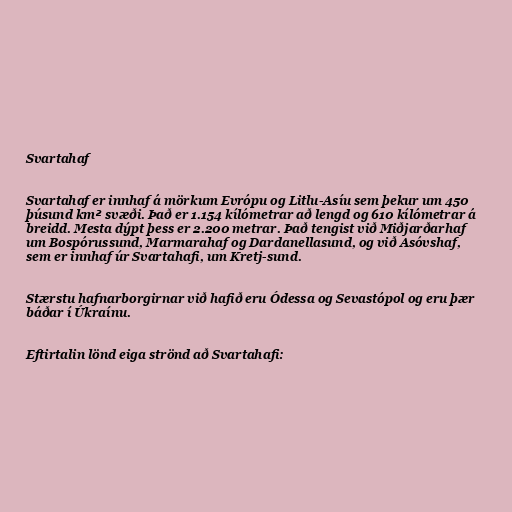
Svartahaf

Svartahaf er innhaf á mörkum Evrópu og Litlu-Asíu sem þekur um 450
þúsund km² svæði. Það er 1.154 kílómetrar að lengd og 610 kílómetrar á
breidd. Mesta dýpt þess er 2.200 metrar. Það tengist við Miðjarðarhaf
um Bospórussund, Marmarahaf og Dardanellasund, og við Asóvshaf,
sem er innhaf úr Svartahafi, um Kretj-sund.

Stærstu hafnarborgirnar við hafið eru Ódessa og Sevastópol og eru þær
báðar í Úkraínu.

Eftirtalin lönd eiga strönd að Svartahafi: